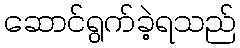
ဆောင်ရွက်ခဲ့ရသည်